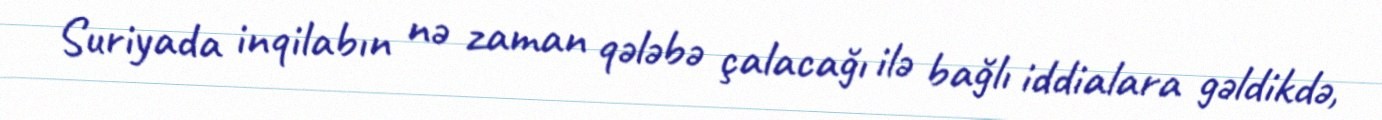
Suriyada inqilabın nə zaman qələbə çalacağı ilə bağlı iddialara gəldikdə,